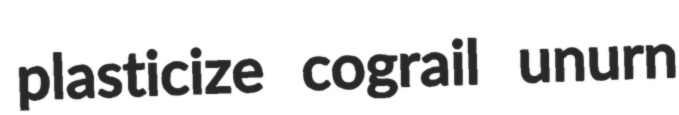
plasticize cograil unurn